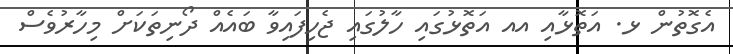
އެގޮތުން ޅ. އަތޮޅާއި އއ އަތޮޅުގައި ހާލުގައި ޖެހިފައިވާ ބައެއް ދޯނިތަކަށް މިހާރުވެސް